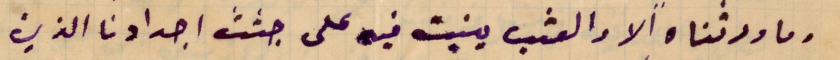
وما ورثناه الا والعشب ينبت فيه على جثث اجدادنا الذين